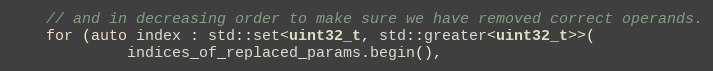
Language: C++
    // and in decreasing order to make sure we have removed correct operands.
    for (auto index : std::set<uint32_t, std::greater<uint32_t>>(
             indices_of_replaced_params.begin(),